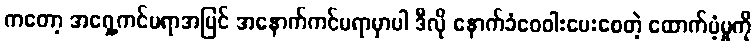
ကတော့ အရှေ့ကင်မရာအပြင် အနောက်ကင်မရာမှာပါ ဒီလို နောက်ခံဝေဝါးပေးစေတဲ့ ထောက်ပံ့မှုကို